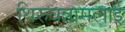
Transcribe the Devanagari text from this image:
थिरुवन्नामलाई